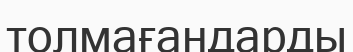
толмағандарды